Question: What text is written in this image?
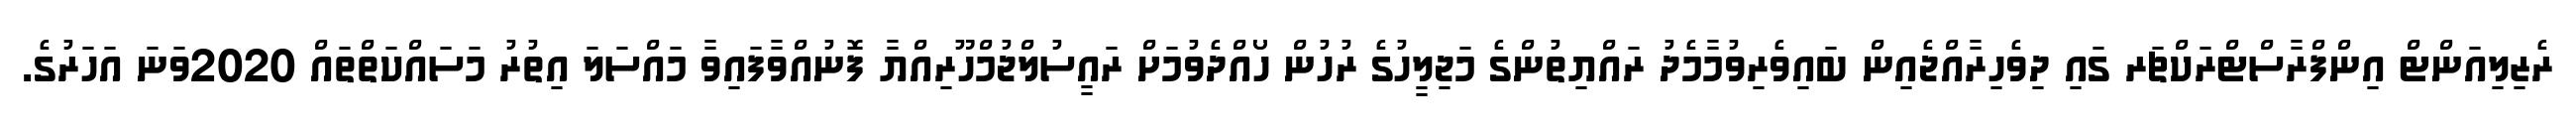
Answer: ރެޒިލިއަންޓް އިންފްރާސްޓްރަކްޗަރ ގައި ދިވެހިރާއްޖެއިން ބައިވެރިވުމާމެދު ރައްޔިތުންގެ މަޖިލީހުގެ ރުހުން ހޯއްދެވުމަށް ރައީސުލްޖުމްހޫރިއްޔާ ފޮނުއްވާފައިވާ މައްސަލަ އިތުރު މަސައްކަތްތައް 2020ވަނަ އަހަރުގެ.